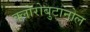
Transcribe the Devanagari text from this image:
क्लोरोबुटानोल